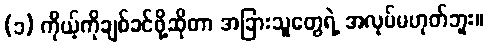
(၁) ကိုယ့်ကိုချစ်ခင်ဖို့ဆိုတာ အခြားသူတွေရဲ့ အလုပ်မဟုတ်ဘူး။